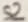
Text: S2